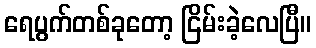
ရေပွက်တစ်ခုတော့ ငြိမ်းခဲ့လေပြီ။